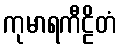
ကုမာရကီဠိတံ